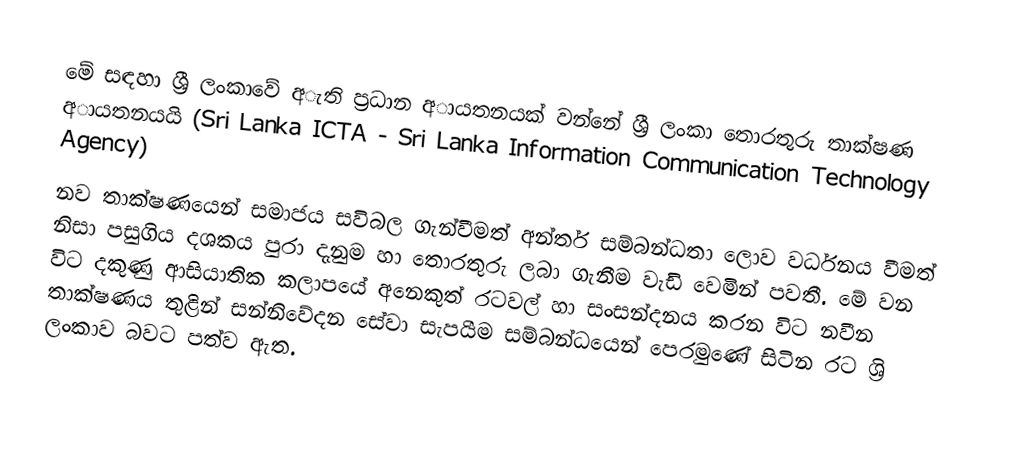
මේ සඳහා ශ්‍රී ලංකාවේ අැති ප්‍රධාන අායතනයක් වන්නේ ශ්‍රී ලංකා තොරතුරු තාක්ෂණ අායතනයයි (Sri Lanka ICTA - Sri Lanka Information Communication Technology Agency)
නව තාක්ෂණයෙන් සමාජය සවිබල ගැන්වීමත් අන්තර් සම්බන්ධතා ලොව වර්ධනය වීමත් නිසා පසුගිය දශකය පුරා දැනුම හා තොරතුරු ලබා ගැනීම වැඩි වෙමින් පවතී. මේ වන විට දකුණු ආසියාතික කලාපයේ අනෙකුත් රටවල් හා සංසන්දනය කරන විට නවීන තාක්ෂණය තුළින් සන්නිවේදන සේවා සැපයීම සම්බන්ධයෙන් පෙරමුණේ සිටින රට ශ‍්‍රි ලංකාව බවට පත්ව ඇත.